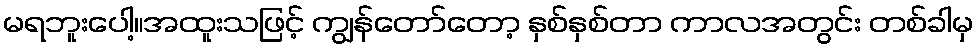
မရဘူးပေါ့။အထူးသဖြင့် ကျွန်တော်တော့ နှစ်နှစ်တာ ကာလအတွင်း တစ်ခါမှ